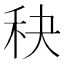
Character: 𥝭